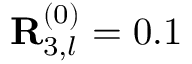
\mathbf { R } _ { 3 , l } ^ { ( 0 ) } = 0 . 1